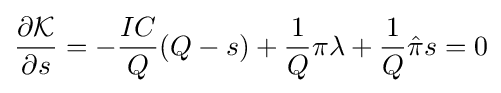
{\frac {\partial {\mathcal {K}}}{\partial s}}=-{\frac {IC}{Q}}(Q-s)+{\frac {1}{Q}}\pi \lambda +{\frac {1}{Q}}{\hat {\pi }}s=0